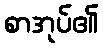
စာအုပ်၏